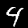
Label: 4